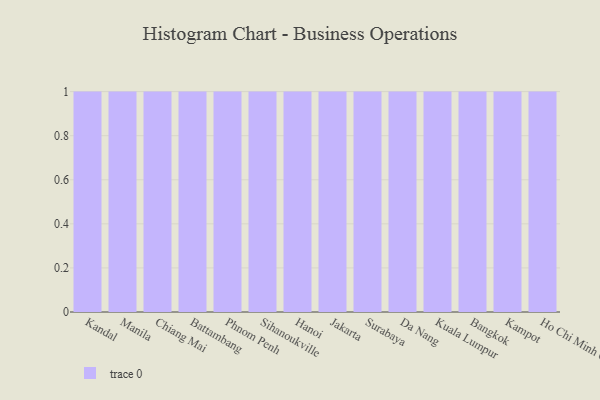
{"axis": {"x": "City", "y": "Waste Production (Tons)"}, "legend": [""], "data": [{"x": "Kandal", "y": 96, "type": ""}, {"x": "Manila", "y": 97, "type": ""}, {"x": "Chiang Mai", "y": 67, "type": ""}, {"x": "Battambang", "y": 53, "type": ""}, {"x": "Phnom Penh", "y": 41, "type": ""}, {"x": "Sihanoukville", "y": 88, "type": ""}, {"x": "Hanoi", "y": 1, "type": ""}, {"x": "Jakarta", "y": 56, "type": ""}, {"x": "Surabaya", "y": 89, "type": ""}, {"x": "Da Nang", "y": 99, "type": ""}, {"x": "Kuala Lumpur", "y": 64, "type": ""}, {"x": "Bangkok", "y": 50, "type": ""}, {"x": "Kampot", "y": 79, "type": ""}, {"x": "Ho Chi Minh City", "y": 91, "type": ""}]}